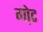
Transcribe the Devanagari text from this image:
गो़ट